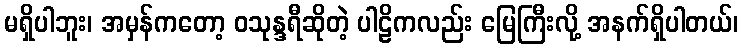
မရှိပါဘူး၊ အမှန်ကတော့ ဝသုန္ဒရီဆိုတဲ့ ပါဠိကလည်း မြေကြီးလို့ အနက်ရှိပါတယ်၊